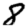
Digit: 8